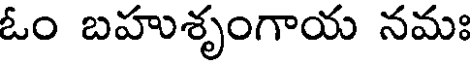
ఓం బహుశృంగాయ నమః